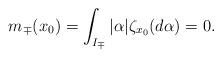
LaTeX: \begin{align*}m_\mp(x_0)=\int_{I_\mp}|\alpha|\zeta_{x_0}(d\alpha)=0. \end{align*}